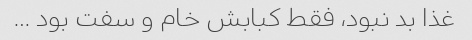
غذا بد نبود، فقط کبابش خام و سفت بود …